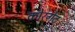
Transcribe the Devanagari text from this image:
कोरगेट